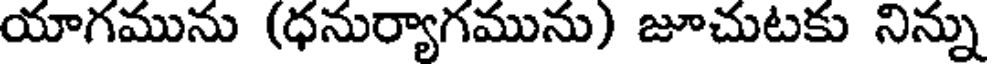
యాగమును (ధనుర్యాగమును) జూచుటకు నిన్ను